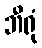
ဘီရုံ